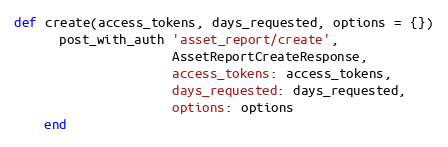
Language: Ruby
def create(access_tokens, days_requested, options = {})
      post_with_auth 'asset_report/create',
                     AssetReportCreateResponse,
                     access_tokens: access_tokens,
                     days_requested: days_requested,
                     options: options
    end